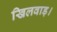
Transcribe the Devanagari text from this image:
खिलवाड़।